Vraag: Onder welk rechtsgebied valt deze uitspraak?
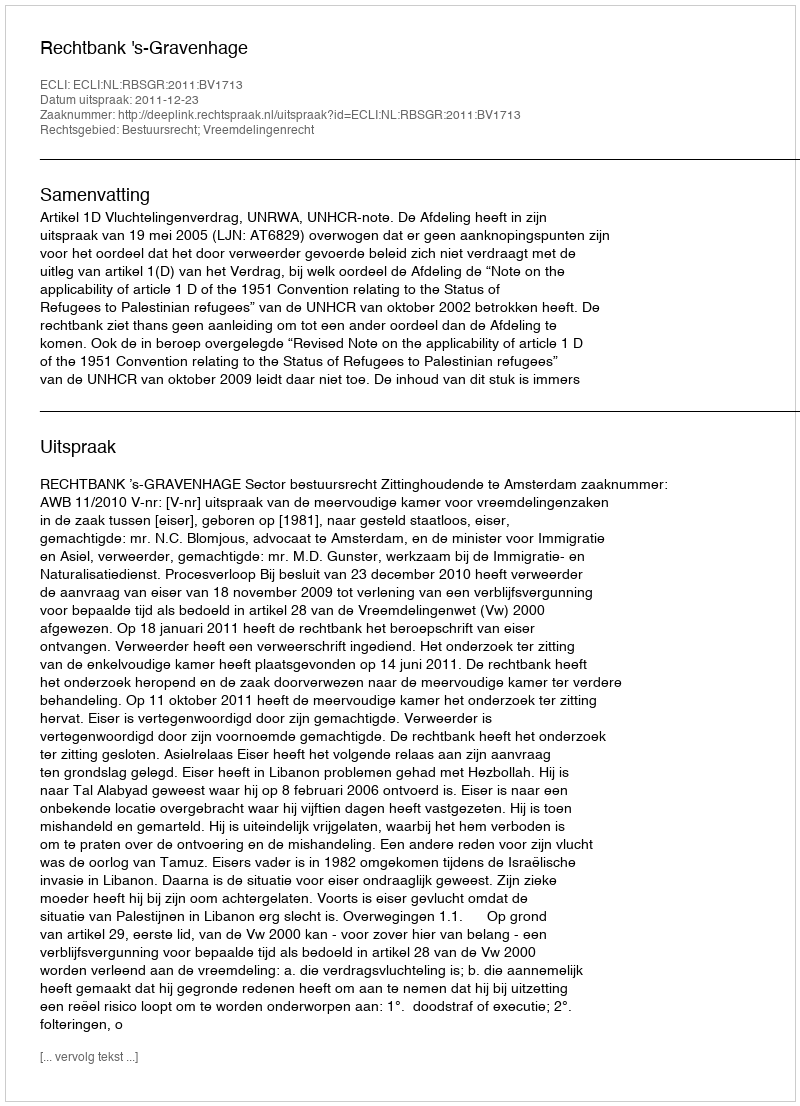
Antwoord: Bestuursrecht; Vreemdelingenrecht